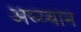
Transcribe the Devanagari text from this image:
अध्य्यान